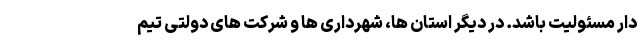
دار مسئولیت باشد. در دیگر استان ها، شهرداری ها و شرکت های دولتی تیم